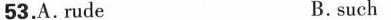
53.A. rude B. such